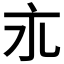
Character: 𬽃